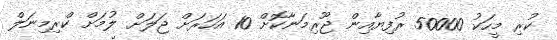
ކުރި މީހަކު 50000 ރުފިޔާއިން ޖޫރިމަނާކޮށް 10 އަހަރަށް ޖަލަށް ލުމަށް ކްރިމިނަލް